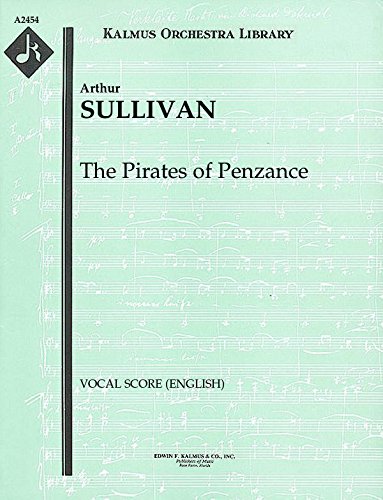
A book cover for The Pirates of Penzance: Vocal Score (English) [A2454]; Arthur Sullivan; Humor & Entertainment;